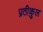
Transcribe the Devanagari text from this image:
प्रतीकुल